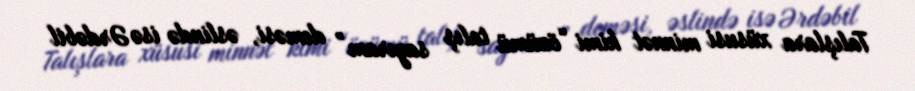
Talışlara xüsusi minnət kimi “özümü talış sayıram” deməsi, əslində isə Ərdəbil